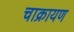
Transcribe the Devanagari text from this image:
चाक्रायण